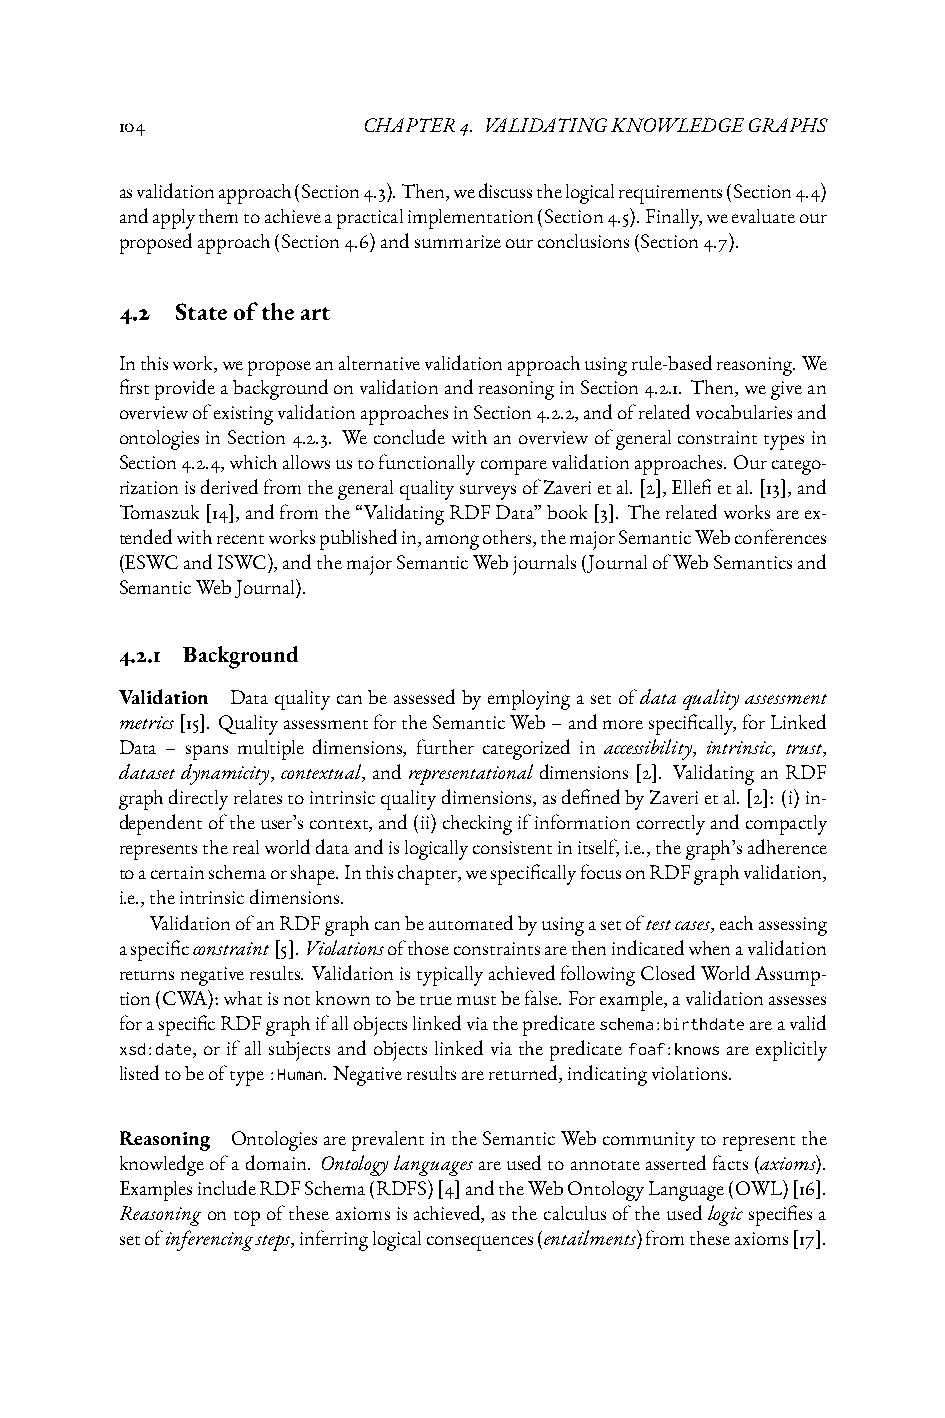
104             CHAPTER4. VALIDATINGKNOWLEDGEGRAPHS
 asvalidationapproach(Section4.3).Then,wediscussthelogicalrequirements(Section4.4)
 andapplythemtoachieveapracticalimplementation(Section4.5).Finally,weevaluateour
 proposedapproach(Section4.6)andsummarizeourconclusions(Section4.7).
 4.2 Stateoftheart
 Inthiswork,weproposeanalternativevalidationapproachusingrule-basedreasoning.We
 firstprovideabackgroundonvalidationandreasoninginSection4.2.1. Then,wegivean
 overviewofexistingvalidationapproachesinSection4.2.2,andofrelatedvocabulariesand
 ontologiesinSection4.2.3. Weconcludewithanoverviewofgeneralconstrainttypesin
 Section4.2.4,whichallowsustofunctionallycomparevalidationapproaches.Ourcatego-
 rizationisderivedfromthegeneralqualitysurveysofZaverietal.[2],Ellefietal.[13],and
 Tomaszuk[14],andfromthe“ValidatingRDFData”book[3]. Therelatedworksareex-
 tendedwithrecentworkspublishedin,amongothers,themajorSemanticWebconferences
 (ESWCandISWC),andthemajorSemanticWebjournals(JournalofWebSemanticsand
 SemanticWebJournal).
 4.2.1 Background
 Validation Dataqualitycanbeassessedbyemployingasetofdataqualityassessment
 metrics[15]. QualityassessmentfortheSemanticWeb–andmorespecifically,forLinked
 Data – spans multiple dimensions, further categorized in accessibility, intrinsic, trust,
 datasetdynamicity, contextual, andrepresentational dimensions[2]. ValidatinganRDF
 graphdirectlyrelatestointrinsicqualitydimensions,asdefinedbyZaverietal.[2]: (i)in-
 dependentoftheuser’scontext,and(ii)checkingifinformationcorrectlyandcompactly
 representstherealworlddataandislogicallyconsistentinitself,i.e.,thegraph’sadherence
 toacertainschemaorshape.Inthischapter,wespecificallyfocusonRDFgraphvalidation,
 i.e.,theintrinsicdimensions.
 ValidationofanRDFgraphcanbeautomatedbyusingasetoftestcases,eachassessing
 aspecificconstraint[5].Violationsofthoseconstraintsarethenindicatedwhenavalidation
 returnsnegativeresults. ValidationistypicallyachievedfollowingClosedWorldAssump-
 tion(CWA):whatisnotknowntobetruemustbefalse.Forexample,avalidationassesses
 foraspecificRDFgraphifallobjectslinkedviathepredicateschema:birthdateareavalid
 xsd:date, orifallsubjectsandobjectslinkedviathepredicatefoaf:knowsareexplicitly
 listedtobeoftype:Human.Negativeresultsarereturned,indicatingviolations.
 Reasoning OntologiesareprevalentintheSemanticWebcommunitytorepresentthe
 knowledgeofadomain. Ontologylanguagesareusedtoannotateassertedfacts(axioms).
 ExamplesincludeRDFSchema(RDFS)[4]andtheWebOntologyLanguage(OWL)[16].
 Reasoningontopoftheseaxiomsisachieved,asthecalculusoftheusedlogicspecifiesa
 setofinferencingsteps,inferringlogicalconsequences(entailments)fromtheseaxioms[17].